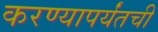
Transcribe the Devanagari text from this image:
करण्यापर्यंतची